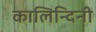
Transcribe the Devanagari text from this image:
कालिन्दिनी